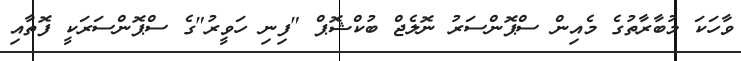
ވާހަކަ މުބާރާތުގެ މެއިން ސްޕޮންސަރު ނޮލެޖް ބުކްޝޮޕް "ފިނި ހަވީރު"ގެ ސްޕޮންސަރަކީ ފޮތާއި